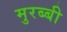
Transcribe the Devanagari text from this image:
मुरब्बी